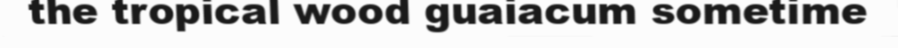
the tropical wood guaiacum sometime